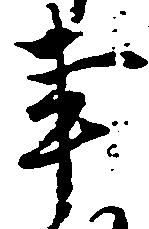
事